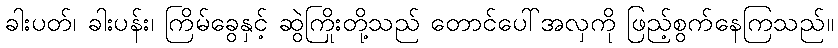
ခါးပတ်၊ ခါးပန်း၊ ကြိမ်ခွေနှင့် ဆွဲကြိုးတို့သည် တောင်ပေါ်အလှကို ဖြည့်စွက်နေကြသည်။